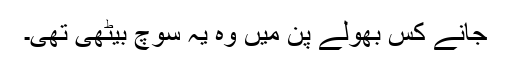
جانے کس بھولے پن میں وہ یہ سوچ بیٹھی تھی۔